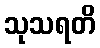
သုသရတိ